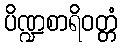
ပိဏ္ဍစာရိဝတ္တံ